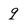
Character: q